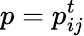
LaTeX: p={p}_{ij}^{t}